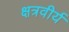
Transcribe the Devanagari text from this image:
क्षत्रवीर्य